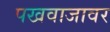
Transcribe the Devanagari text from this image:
पखवाजावर